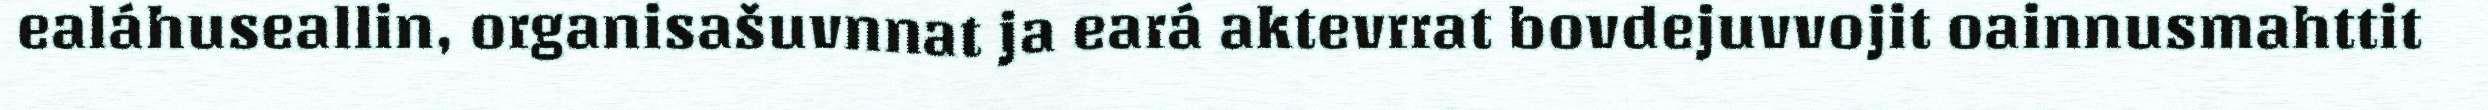
ealáhuseallin, organisašuvnnat ja eará aktevrrat bovdejuvvojit oainnusmahttit